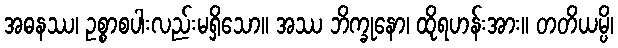
အဓနဿ၊ ဥစ္စာစပါးလည်းမရှိသော။ အဿ ဘိက္ခုနော၊ ထိုရဟန်းအား။ တတိယမ္ပိ၊